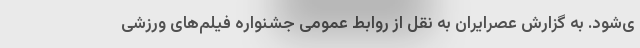
ی‌شود. به گزارش عصرایران به نقل از روابط عمومی جشنواره فیلم‌های ورزشی